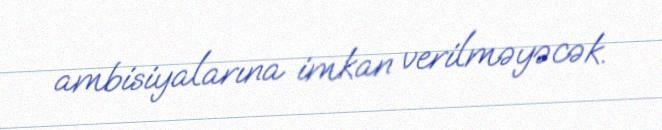
ambisiyalarına imkan verilməyəcək.